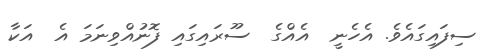
ސިފައިގައެވެ. އެހެނީ  އެއްގެ  ސޫރައިގައި ފޮނުއްވިނަމަ އެ  އަކާ